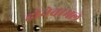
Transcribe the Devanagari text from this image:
होनेवामले